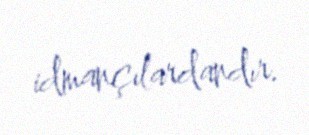
idmançılardandır.